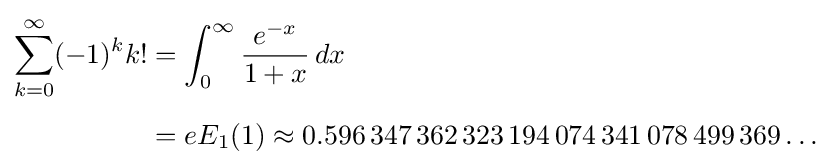
{\begin{aligned}\sum _{k=0}^{\infty }(-1)^{k}k!&=\int _{0}^{\infty }{\frac {e^{-x}}{1+x}}\,dx\\[4pt]&=eE_{1}(1)\approx 0.596\,347\,362\,323\,194\,074\,341\,078\,499\,369\ldots \end{aligned}}